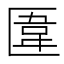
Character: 𠥎